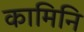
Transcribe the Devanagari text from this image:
कामिनि